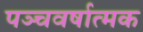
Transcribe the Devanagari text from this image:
पञ्चवर्षात्मक